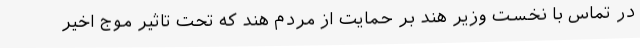
در تماس با نخست وزیر هند بر حمایت از مردم هند که تحت تاثیر موج اخیر